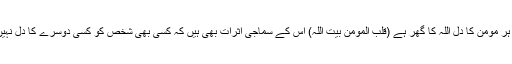
مذہبی اعتبار سے دیکھیں تو کہا جاتا ہے کہ ہر مومن کا دل اللہ کا گھر ہے (قلب المومن بیت اللہ) اس کے سماجی اثرات بھی ہیں کہ کسی بھی شخص کو کسی دوسرے کا دل نہیں توڑنا چاہیے، کیوں کہ یہ 'اللہ کا گھر ہے‘۔